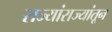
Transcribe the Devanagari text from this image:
राज्यांराज्यांतून